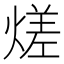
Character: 𭵭